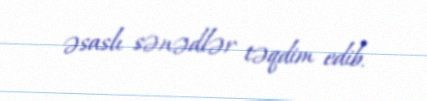
əsaslı sənədlər təqdim edib.